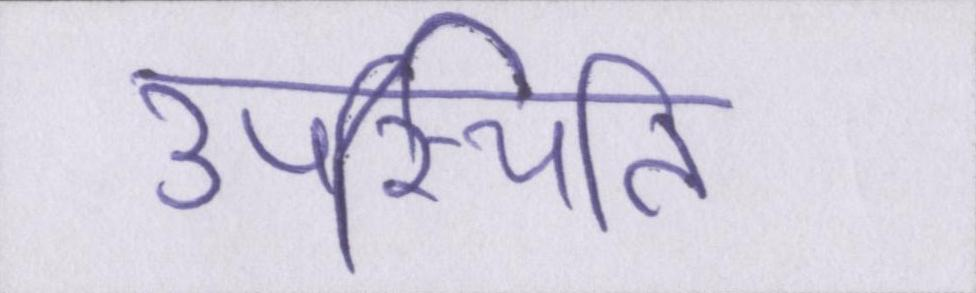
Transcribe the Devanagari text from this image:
उपस्थिति